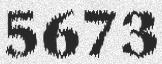
5673